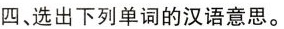
四、选出下列单词的汉语意思。